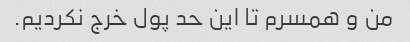
من و همسرم تا این حد پول خرج نکردیم.